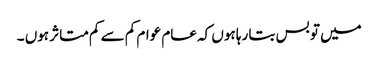
میں تو بس بتا رہا ہوں کہ عام عوام کم سے کم متاثر ہوں ۔